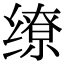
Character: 缭